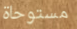
مستوحاة